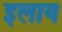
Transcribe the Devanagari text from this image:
इलाय